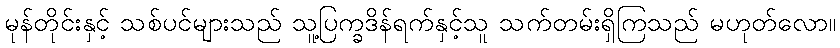
မုန်တိုင်းနှင့် သစ်ပင်များသည် သူ့ပြက္ခဒိန်ရက်နှင့်သူ သက်တမ်းရှိကြသည် မဟုတ်လော။